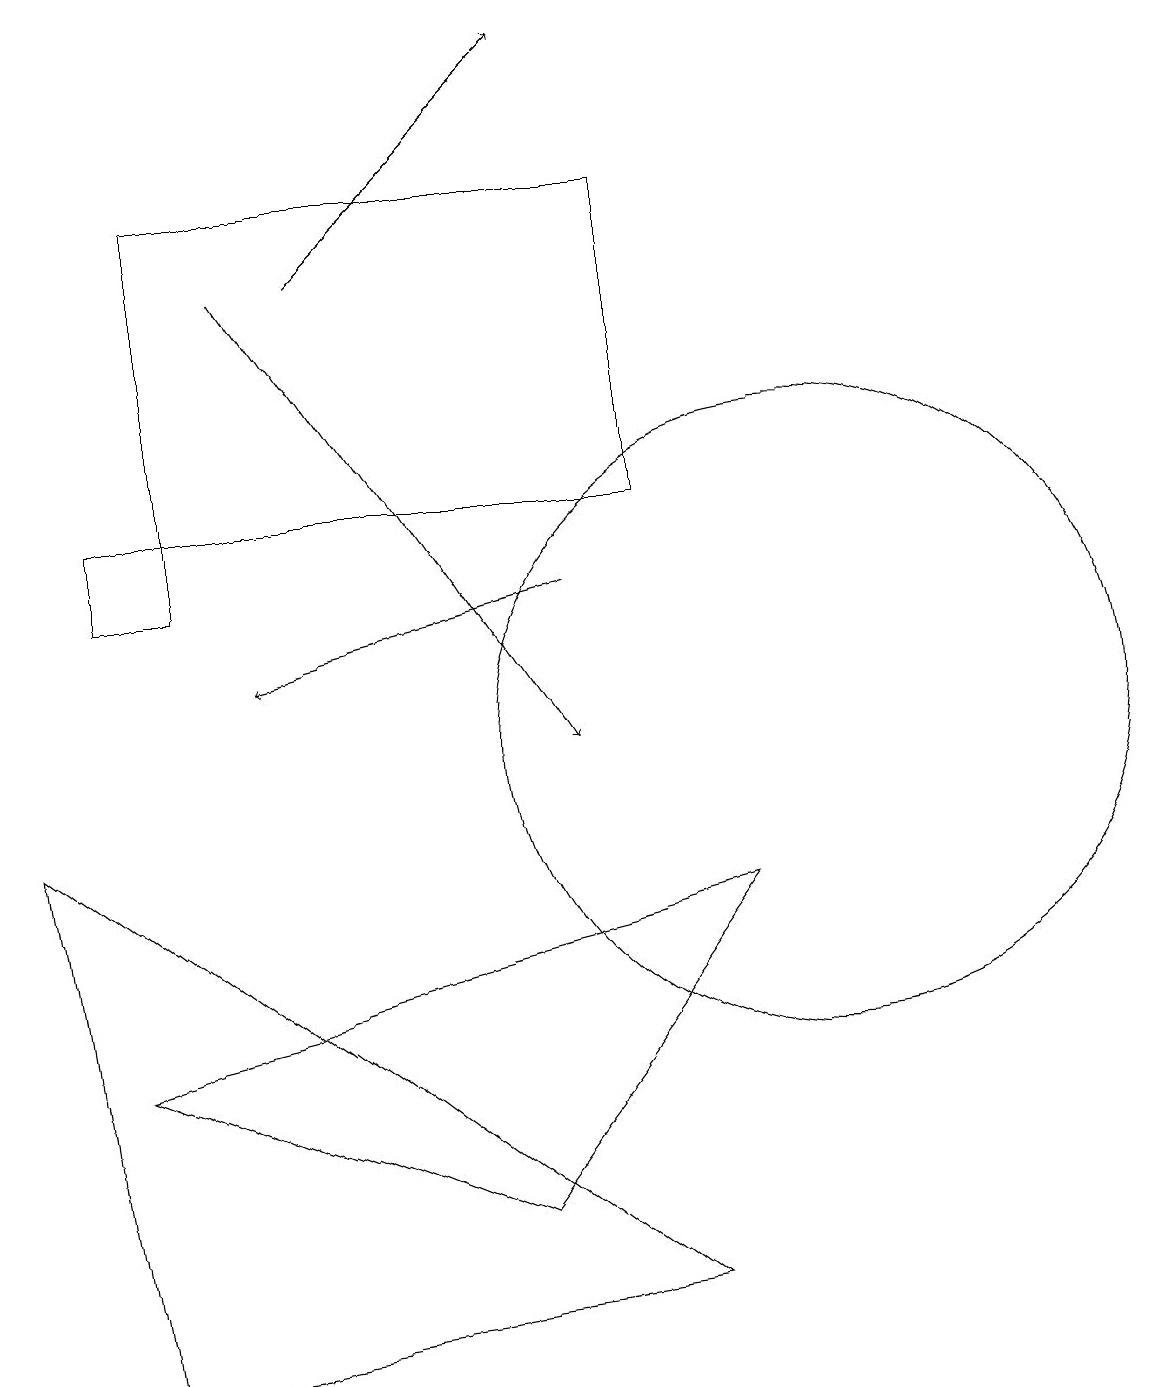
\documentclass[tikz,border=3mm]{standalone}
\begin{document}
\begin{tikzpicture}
\draw (1,2) -- (0,9) -- (8,3) -- cycle;
\draw (2,13) rectangle (8,17);
\draw (6,4) -- (9,8) -- (1,6) -- cycle;
\draw[->] (3,16) -- (7,10);
\draw[->] (4,16) -- (7,19);
\draw (2,12) rectangle (1,13);
\draw (10,10) circle (4);
\draw[->] (7,12) -- (3,11);
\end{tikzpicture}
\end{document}